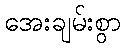
အေးချမ်းစွာ